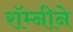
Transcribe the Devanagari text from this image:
रॉम्नीने